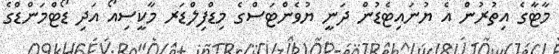
މާޓާގެ އިތުރުން އެ ޔުނައިޓެޑުން ދަނީ ޔުވެންޓަސްގެ މިޑްފިލްޑަރ މާކީސިއޯ އަދި ޑޯޓްމަންޑްގެ